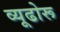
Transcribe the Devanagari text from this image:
व्यूढोरू